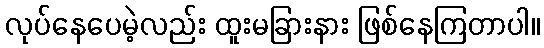
လုပ်နေပေမဲ့လည်း ထူးမခြားနား ဖြစ်နေကြတာပါ။